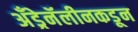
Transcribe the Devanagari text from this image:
अँड्रेनॅलीनकडून